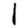
Digit: 1